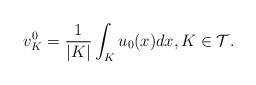
LaTeX: \begin{align*}v^0_K=\frac{1}{|K|}\int_{K}u_0(x)dx,K\in\mathcal{T}.\end{align*}